Vital statistics of India. Vol. IV, Annual returns from 1871 to 1876. British Army of India, Native Army and jails of Bengal
Year: 1871
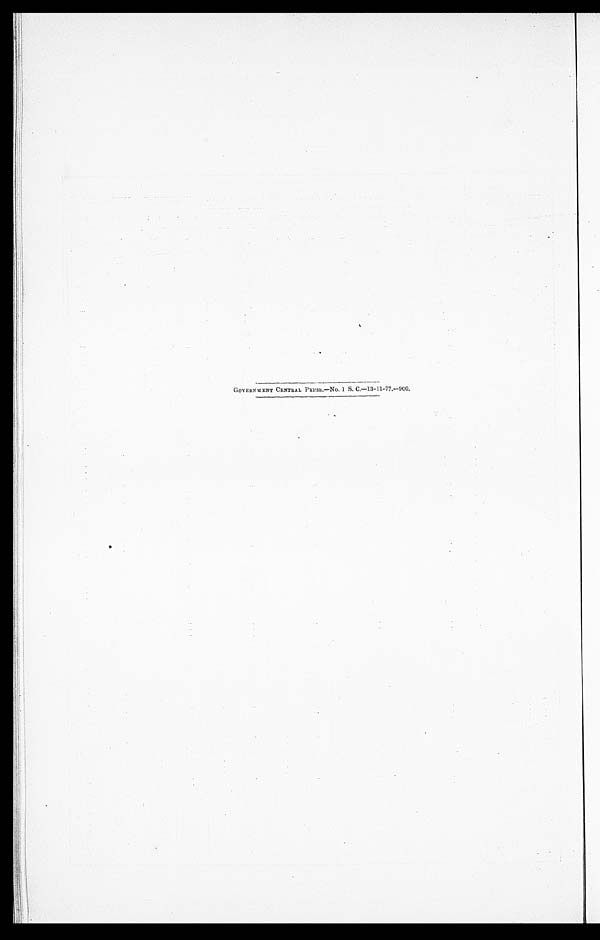
GOVERNMENT CENTRAL PRESS.—NO. 1 S. C.—13-11-77.—900.